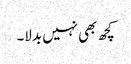
کچھ بھی نہیں بدلا۔